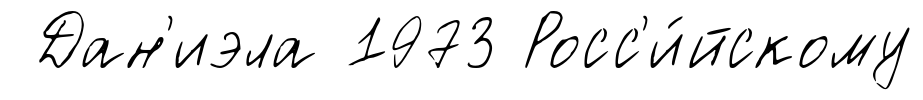
Дан'иэла 1973 Росс'и́йскому